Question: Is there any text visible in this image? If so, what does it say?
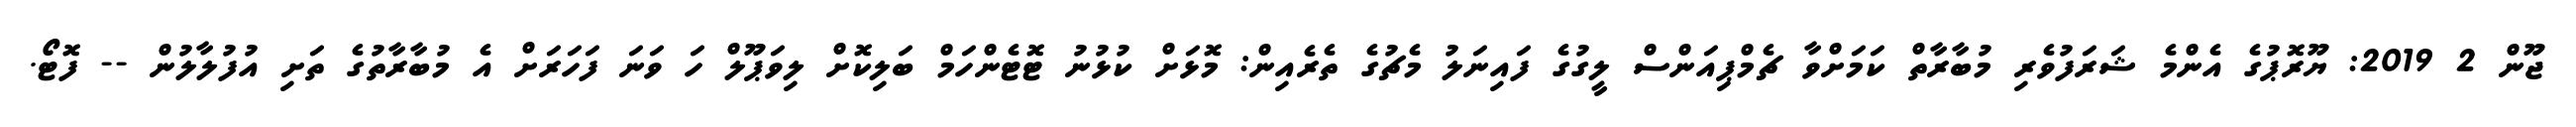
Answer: ޖޫން 2 2019: ޔޫރޮޕުގެ އެންމެ ޝަރަފުވެރި މުބާރާތް ކަމަށްވާ ޗެމްޕިއަންސް ލީގުގެ ފައިނަލު މެޗުގެ ތެރެއިން: މޮޅަށް ކުޅުނު ޓޮޓެންހަމް ބަލިކޮށް ލިވަޕޫލް ހަ ވަނަ ފަހަރަށް އެ މުބާރާތުގެ ތަށި އުފުލާލުން -- ފޮޓޯ.